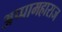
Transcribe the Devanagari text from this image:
अप्पामहाराज